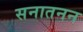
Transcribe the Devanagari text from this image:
सनातनन